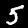
Digit: 5